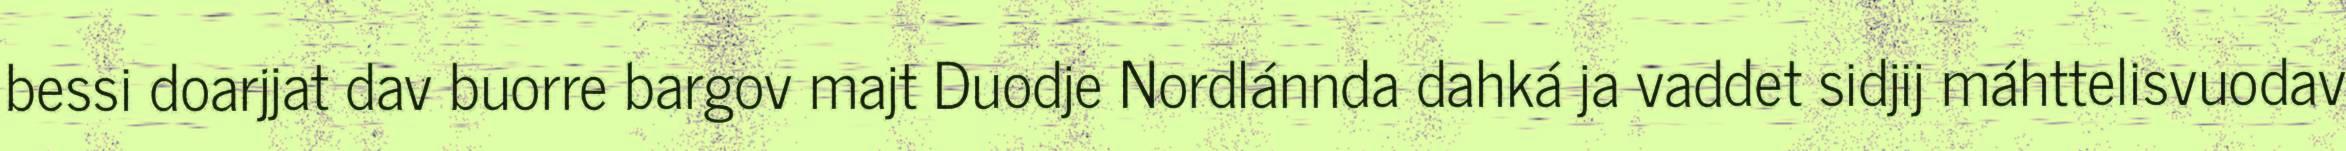
bessi doarjjat dav buorre bargov majt Duodje Nordlánnda dahká ja vaddet sidjij máhttelisvuodav